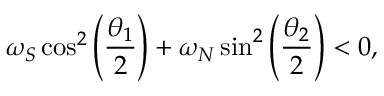
\omega _ { S } \cos ^ { 2 } \left( \frac { \theta _ { 1 } } { 2 } \right) + \omega _ { N } \sin ^ { 2 } \left( \frac { \theta _ { 2 } } { 2 } \right) < 0 ,